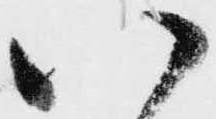
い